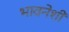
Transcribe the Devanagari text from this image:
भावनेशी